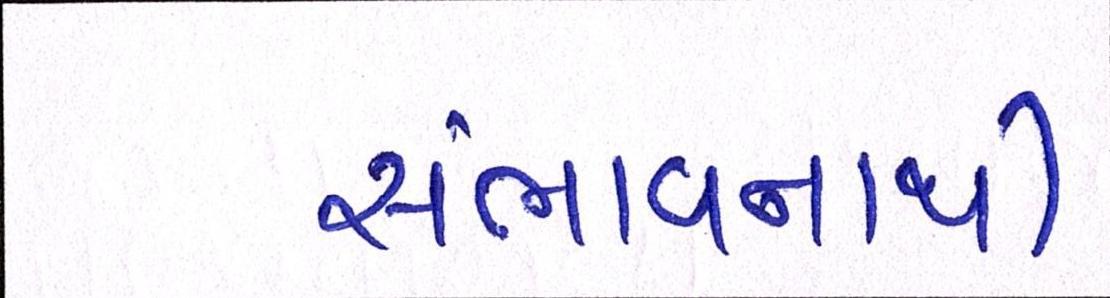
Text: સંભાવનાથી